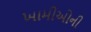
ખામીઓની